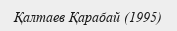
Қалтаев Қарабай (1995)